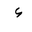
Letter: _hamza